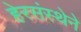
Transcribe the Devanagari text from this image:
हेरसंस्थेने